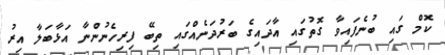
ކޮމް ގައި ބުނެފައިވާ ގޮތުގައި އާދައިގެ ބަރުދަނެއްގައި ތިބޭ ފިރިހެނުންނާ އަޅާބަލާ އިރު